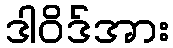
ဒါဝိဒ်အား